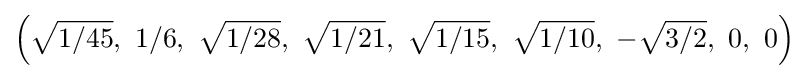
\left({\sqrt {1/45}},\ 1/6,\ {\sqrt {1/28}},\ {\sqrt {1/21}},\ {\sqrt {1/15}},\ {\sqrt {1/10}},\ -{\sqrt {3/2}},\ 0,\ 0\right)